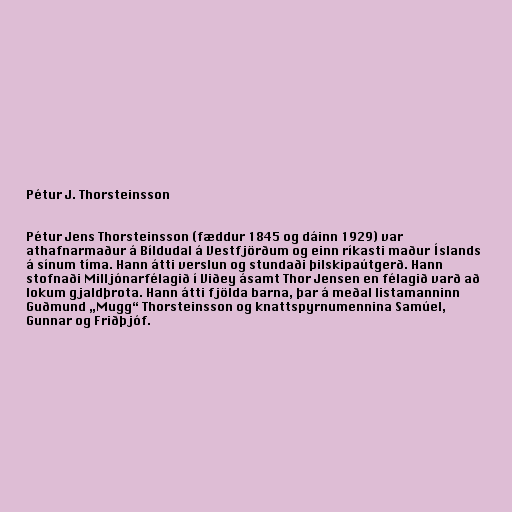
Pétur J. Thorsteinsson

Pétur Jens Thorsteinsson (fæddur 1845 og dáinn 1929) var
athafnarmaður á Bíldudal á Vestfjörðum og einn ríkasti maður Íslands
á sínum tíma. Hann átti verslun og stundaði þilskipaútgerð. Hann
stofnaði Milljónarfélagið í Viðey ásamt Thor Jensen en félagið varð að
lokum gjaldþrota. Hann átti fjölda barna, þar á meðal listamanninn
Guðmund „Mugg“ Thorsteinsson og knattspyrnumennina Samúel,
Gunnar og Friðþjóf.